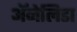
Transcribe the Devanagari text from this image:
ॲनेलिडा